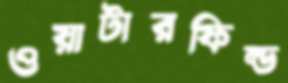
ওয়াটারফিল্ড